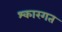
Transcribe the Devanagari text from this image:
श्कारगत